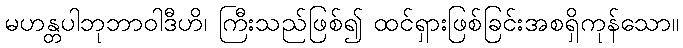
မဟန္တပါဘုဘာဝါဒီဟိ၊ ကြီးသည်ဖြစ်၍ ထင်ရှားဖြစ်ခြင်းအစရှိကုန်သော။